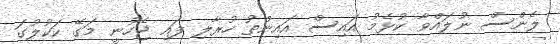
ލެންސް ނުލައްވާ ކުޅެމު އައިސް އައިންތު ހުރާލި ފައި ޖެހުނީ މަގޭ ކަކުލުގަ